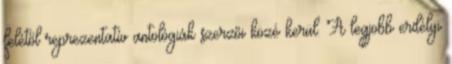
felétől reprezentatív antológiák szerzői közé kerül. A legjobb erdélyi